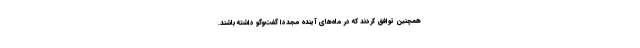
همچنین توافق کردند که در ماه‌های آینده مجددا گفت‌وگو داشته باشند.